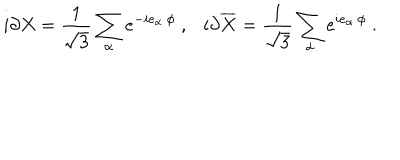
i \partial X = { \frac { 1 } { \sqrt 3 } } \sum _ { \alpha } e ^ { - i e _ { \alpha } \cdot \phi } ~ , i \partial { \overline { { X } } } = { \frac { 1 } { \sqrt 3 } } \sum _ { \alpha } e ^ { i e _ { \alpha } \cdot \phi } ~ .